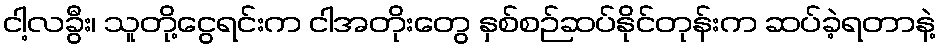
ငါ့လခွီး၊ သူတို့ငွေရင်းက ငါအတိုးတွေ နှစ်စဉ်ဆပ်နိုင်တုန်းက ဆပ်ခဲ့ရတာနဲ့